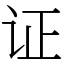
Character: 证